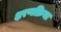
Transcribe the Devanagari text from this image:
क्षरणक्रिया